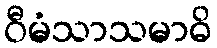
ဝီမံသာသမာဓိ